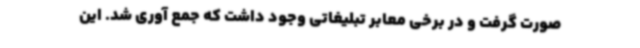
صورت گرفت و در برخی معابر تبلیغاتی وجود داشت که جمع آوری شد. این